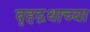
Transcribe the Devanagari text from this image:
बृहद्रथाच्या